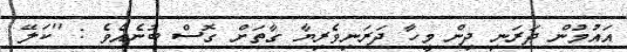
އައުމުން ދަރަނި ދިން މީހާ ދަރަނިވެރިޔާ ގާތަށް ގޮސް ބުނެއެވެ : ''ކަލޭ